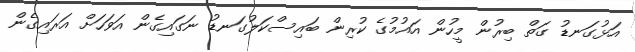
އަޅުގަނޑު ގަތް ބިރުން މީހުން އައުމުގެ ކުރިން ބައިސްކަލުގަނޑު ނަގައިގެން އަވަހަށް އަރައިގެން